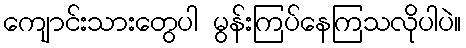
ကျောင်းသားတွေပါ မွန်းကြပ်နေကြသလိုပါပဲ။